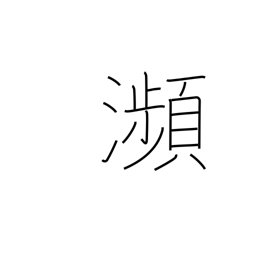
Meaning: brink